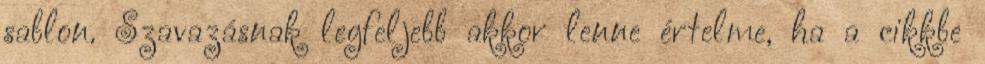
sablon. Szavazásnak legfeljebb akkor lenne értelme, ha a cikkbe